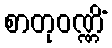
စာတုဝဏ္ဏိံ